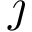
\jmath